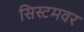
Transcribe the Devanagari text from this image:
सिस्टमवर